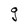
Character: g